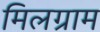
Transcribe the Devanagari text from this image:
मिलग्राम